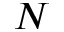
N